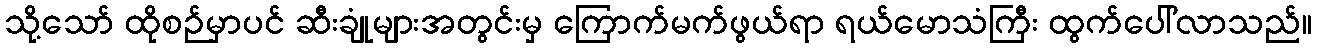
သို့သော် ထိုစဉ်မှာပင် ဆီးချုံများအတွင်းမှ ကြောက်မက်ဖွယ်ရာ ရယ်မောသံကြီး ထွက်ပေါ်လာသည်။